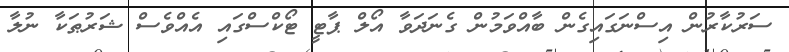
ސަރުކާރުން އިސްނަގައިގެން ބާއްވަމުން ގެނަދަވާ އޯލް ޕާޓީ ޓޯކްސްގައި އެއްވެސް ޝަރުޠަކާ ނުލާ